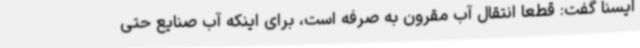
ایسنا گفت: قطعا انتقال آب مقرون به صرفه است، برای اینکه آب صنایع حتی